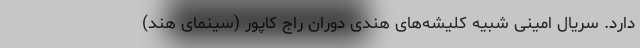
دارد. سریال امینی شبیه کلیشه‌های هندی دوران راج کاپور (سینمای هند)